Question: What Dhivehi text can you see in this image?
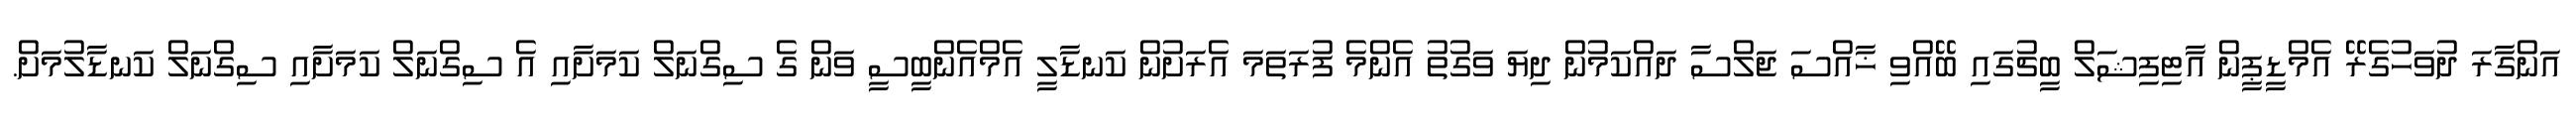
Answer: އަންގާރަ ދުވަހުގެރޭ އެމްޑީޕީން އާޓިފިޝަލް ބީޗުގައި ބޭއްވި ޚާއްސަ ޖަލްސާ ދައްކަމުން ދިޔަ ވަގުތު އެންމެ ފުރަތަމަ އެރަށުން ކަނޑާލީ އެމްއެންބީސީ ވަން ގެ ސިގްނަލް ކަމަށާއި އެ ސިގްނަލް ކަމަށާއި ސިގްނަލް ކަނޑާލުމަށް.